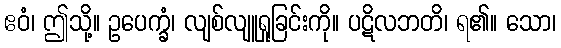
ဧဝံ၊ ဤသို့။ ဥပေက္ခံ၊ လျစ်လျူရှုခြင်းကို။ ပဋိလဘတိ၊ ရ၏။ သော၊